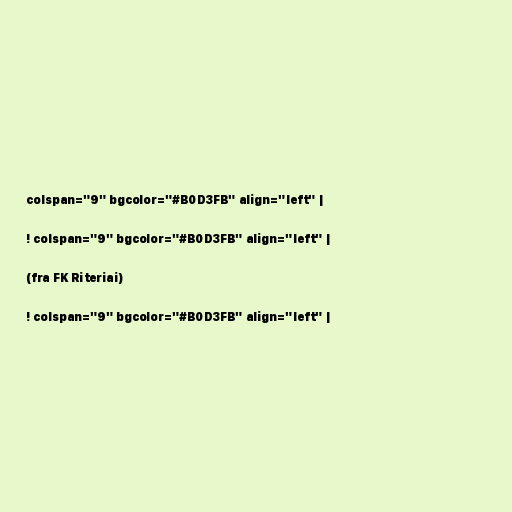
colspan="9" bgcolor="#B0D3FB" align="left" |

! colspan="9" bgcolor="#B0D3FB" align="left" |

(fra FK Riteriai)

! colspan="9" bgcolor="#B0D3FB" align="left" |